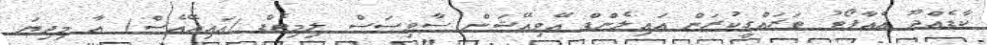
ކާޑެއްދޫ އެއާޕޯޓު ތަރައްގީކުރަން އައިލެންޑް އޭވިއޭޝަން ސާވިސަސް ލިމިޓެޑް (އައިއޭއެސް) އާ މިދިޔަ